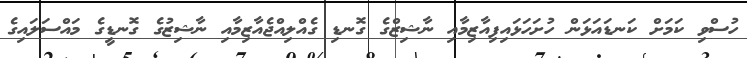
ހުސްވި ކަމަށް ކަނޑައަޅަން ހުށަހަޅައިފިއާޒިމާއި ނާޝިޒްގެ ގޮނޑި ގެއްލިއްޖެއާޒިމާއި ނާޝިޒުގެ ގޮނޑީގެ މައްސަލައިގެ